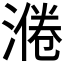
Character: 𱨅